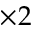
\times 2